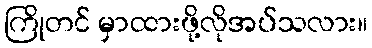
ကြိုတင် မှာထားဖို့လိုအပ်သလား။